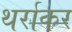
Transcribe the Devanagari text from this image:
थर्राकर